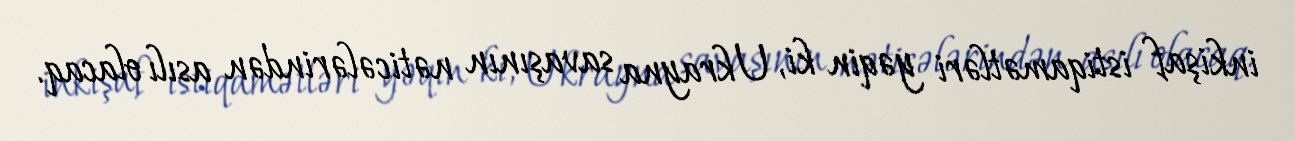
inkişaf istiqamətləri yəqin ki, Ukrayna savaşının nəticələrindən asılı olacaq.